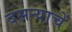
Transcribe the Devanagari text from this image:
दसर्‍याचें